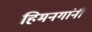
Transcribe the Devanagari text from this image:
हिमनगांनी